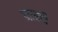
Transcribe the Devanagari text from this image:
नास्टी